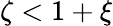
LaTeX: \zeta<1+\xi